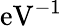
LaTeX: \mathrm{eV}^{-1}